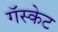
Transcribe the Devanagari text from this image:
गॅस्केट